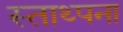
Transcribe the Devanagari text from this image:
स्ताथ्पना